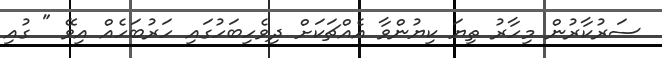
ސަރުކާރުން މިހާރު ތިޔަ ކިޔުންވާ އެއްޗަކަށް ދިވެހިބަހުގައި ހަރުބަހެއް އިވޭ " ގުއި